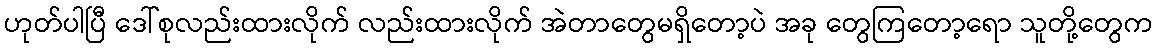
ဟုတ်ပါပြီ ဒေါ်စုလည်းထားလိုက် လည်းထားလိုက် အဲတာတွေမရှိတော့ပဲ အခု တွေကြတော့ရော သူတို့တွေက